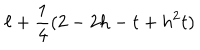
LaTeX: \ell + \frac { 1 } { 4 } ( 2 - 2 h - t + h ^ { 2 } t )